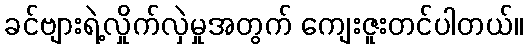
ခင်ဗျားရဲ့လှိုက်လှဲမှုအတွက် ကျေးဇူးတင်ပါတယ်။